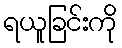
ရယူခြင်းကို